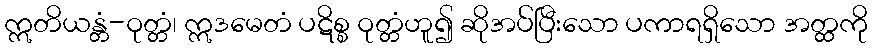
ဣတိယန္တံ-ဝုတ္တံ၊ ဣဒမေတံ ပဋိစ္စ ဝုတ္တံဟူ၍ ဆိုအပ်ပြီးသော ပကာရရှိသော အတ္ထကို